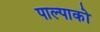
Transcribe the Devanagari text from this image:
पाल्पाको